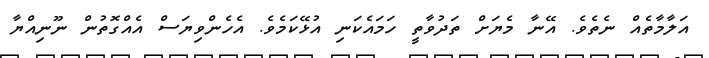
އަލާމާތެއް ނެތެވެ. އޭނާ މެޔަށް ތަދުވާތީ ހަމައެކަނި އުޅޭކަމެވެ. އެހެންވިޔަސް އެއްގޮތުން ނޫނިއްޔާ